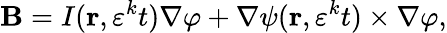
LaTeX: \mathbf{B}=I(\mathbf{r},\varepsilon^{k}t)\nabla\varphi+\nabla\psi(\mathbf{r},\varepsilon^{k}t)\times\nabla\varphi,